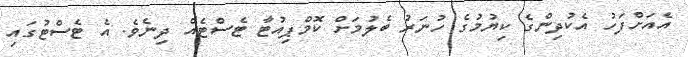
އެއަށްފަހު އެކުދިންގެ ކިޔުމުގެ ހުނަރު ބެލުމަށް ކޮމްޕިއުޓާ ޓެސްޓެއް ދިނެވެ. އެ ޓެސްޓުގައި